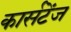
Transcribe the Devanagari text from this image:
कार्सटेंज